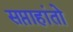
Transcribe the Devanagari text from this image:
सप्ताहांतो